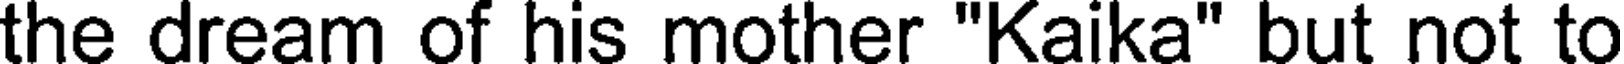
the dream of his mother "Kaika" but not to